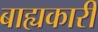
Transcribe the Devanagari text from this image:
बाह्यकारी